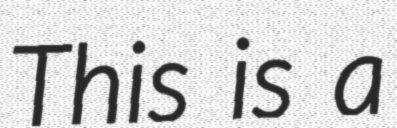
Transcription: This is a